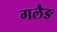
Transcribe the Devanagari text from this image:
गलैङ